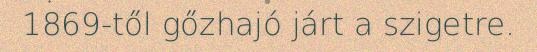
1869-től gőzhajó járt a szigetre.